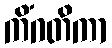
ကိံဂတိကာ